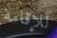
للإقامة